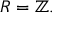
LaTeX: R = \mathbb { Z } .